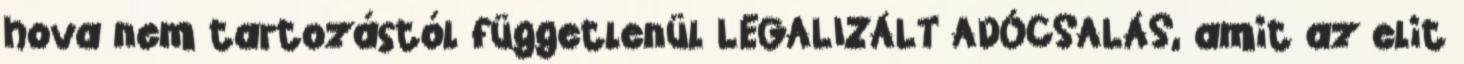
hova nem tartozástól függetlenül LEGALIZÁLT ADÓCSALÁS, amit az elit